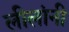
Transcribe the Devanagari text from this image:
लीलांनी